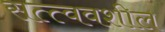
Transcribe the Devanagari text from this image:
सत्त्ववशील